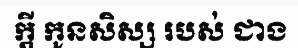
ក្តី កូនសិស្ស របស់ ជាង